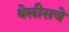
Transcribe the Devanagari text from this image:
थेलीसचे